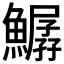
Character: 𩻣